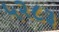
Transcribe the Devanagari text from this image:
५२८३